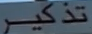
تذکر